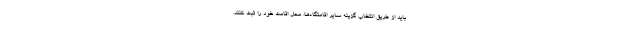
باید از طریق انتخاب گزینه سایر اقامتگاه‌ها، محل اقامت خود را ثبت کنند.